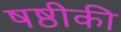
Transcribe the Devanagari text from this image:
षष्ठीकी